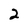
Character: 2